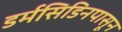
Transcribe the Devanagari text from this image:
डर्मसिडिनपासून